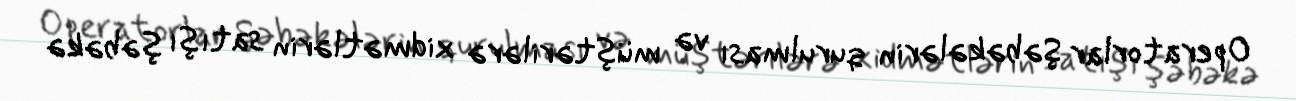
Operatorlar Şəbəkələrin qurulması və müştərilərə xidmətlərin satışı şəbəkə